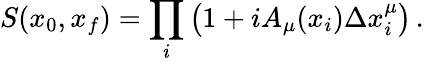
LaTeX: S(x_{0},x_{f})=\prod_{i}\left(1+iA_{\mu}(x_{i})\Delta x_{i}^{\mu}\right)\, .